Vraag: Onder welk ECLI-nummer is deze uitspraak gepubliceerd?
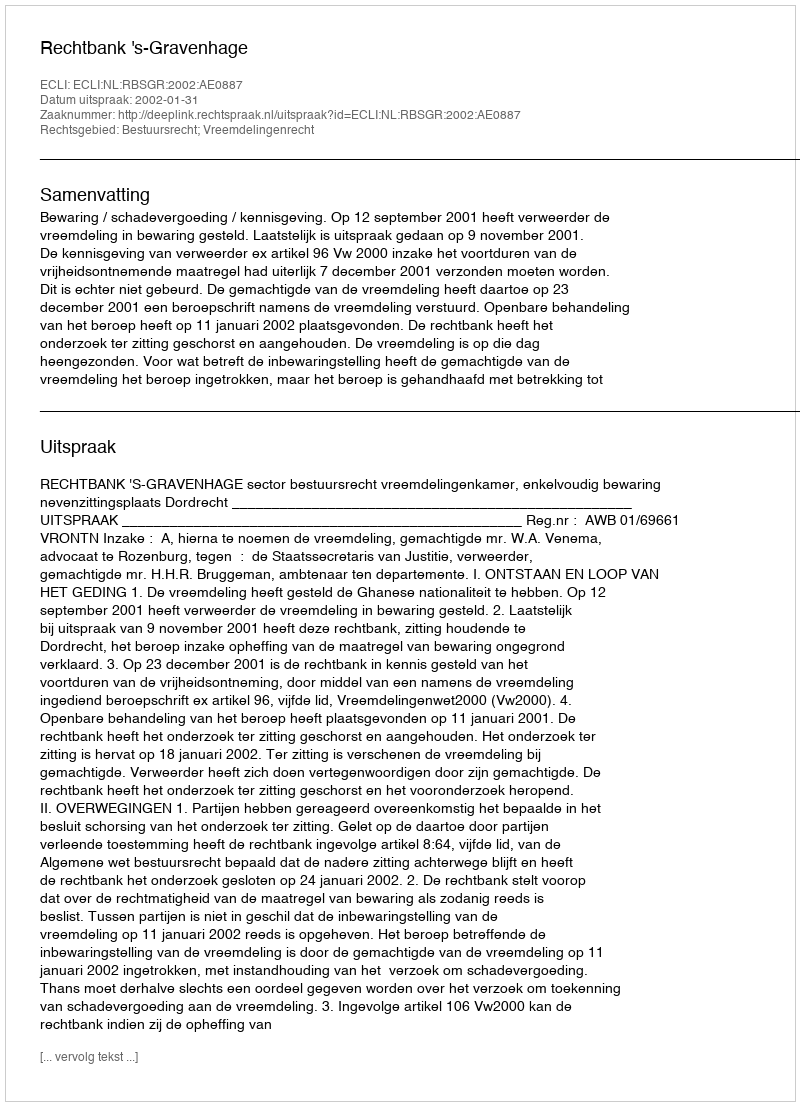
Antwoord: ECLI:NL:RBSGR:2002:AE0887